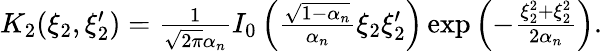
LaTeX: \begin{array}{r}{K_{2}(\xi_{2},\xi_{2}^{\prime})=\frac{1}{\sqrt{2\pi}\alpha_{n}}I_{0}\left(\frac{\sqrt{1-\alpha_{n}}}{\alpha_{n}}\xi_{2}\xi_{2}^{\prime}\right)\exp\left(-\frac{\xi_{2}^{2}+\xi_{2}^{2}}{2\alpha_{n}}\right).}\end{array}